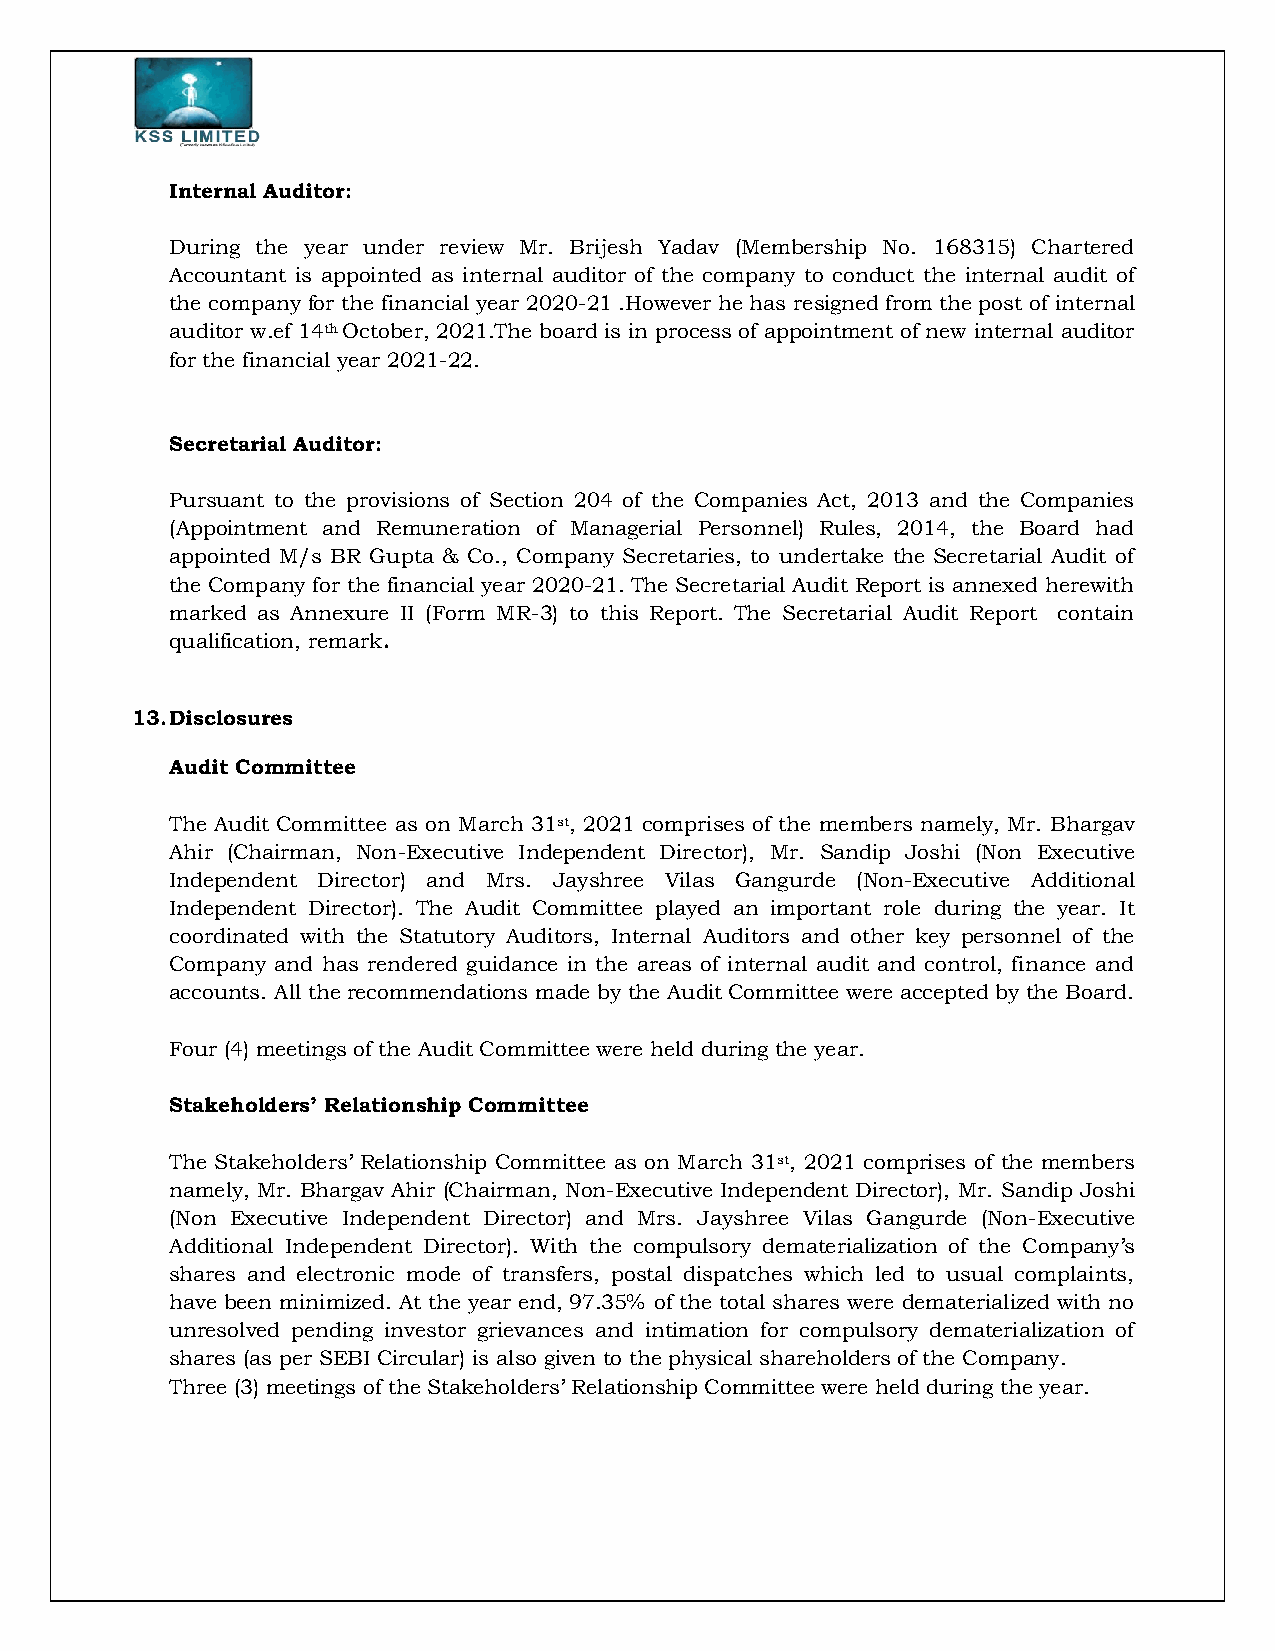
Internal Auditor:
 During the year under review Mr. Brijesh Yadav (Membership No. 168315) Chartered
 Accountant is appointed as internal auditor of the company to conduct the internal audit of
 the company for the financial year 2020-21 .However he has resigned from the post of internal
 auditor w.ef 14th October, 2021.The board is in process of appointment of new internal auditor
 for the financial year 2021-22.
 Secretarial Auditor:
 Pursuant to the provisions of Section 204 of the Companies Act, 2013 and the Companies
 (Appointment and Remuneration of Managerial Personnel) Rules, 2014, the Board had
 appointed M/s BR Gupta & Co., Company Secretaries, to undertake the Secretarial Audit of
 the Company for the financial year 2020-21. The Secretarial Audit Report is annexed herewith
 marked as Annexure II (Form MR-3) to this Report. The Secretarial Audit Report contain
 qualification, remark.
 13. Disclosures
 Audit Committee
 The Audit Committee as on March 31st, 2021 comprises of the members namely, Mr. Bhargav
 Ahir (Chairman, Non-Executive Independent Director), Mr. Sandip Joshi (Non Executive
 Independent Director) and Mrs. Jayshree Vilas Gangurde (Non-Executive Additional
 Independent Director). The Audit Committee played an important role during the year. It
 coordinated with the Statutory Auditors, Internal Auditors and other key personnel of the
 Company and has rendered guidance in the areas of internal audit and control, finance and
 accounts. All the recommendations made by the Audit Committee were accepted by the Board.
 Four (4) meetings of the Audit Committee were held during the year.
 Stakeholders’ Relationship Committee
 The Stakeholders’ Relationship Committee as on March 31st, 2021 comprises of the members
 namely, Mr. Bhargav Ahir (Chairman, Non-Executive Independent Director), Mr. Sandip Joshi
 (Non Executive Independent Director) and Mrs. Jayshree Vilas Gangurde (Non-Executive
 Additional Independent Director). With the compulsory dematerialization of the Company’s
 shares and electronic mode of transfers, postal dispatches which led to usual complaints,
 have been minimized. At the year end, 97.35% of the total shares were dematerialized with no
 unresolved pending investor grievances and intimation for compulsory dematerialization of
 shares (as per SEBI Circular) is also given to the physical shareholders of the Company.
 Three (3) meetings of the Stakeholders’ Relationship Committee were held during the year.